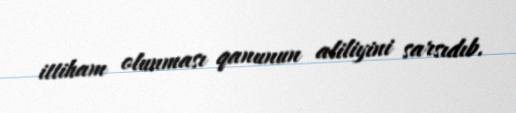
ittiham olunması qanunun aliliyini sarsıdıb.